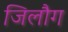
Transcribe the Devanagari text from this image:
जिलौग